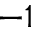
^ { - 1 }